Report of the Municipal Commissioner on the plague in Bombay for the year ending 31st May... - Volume 1
Disease focus: Plague
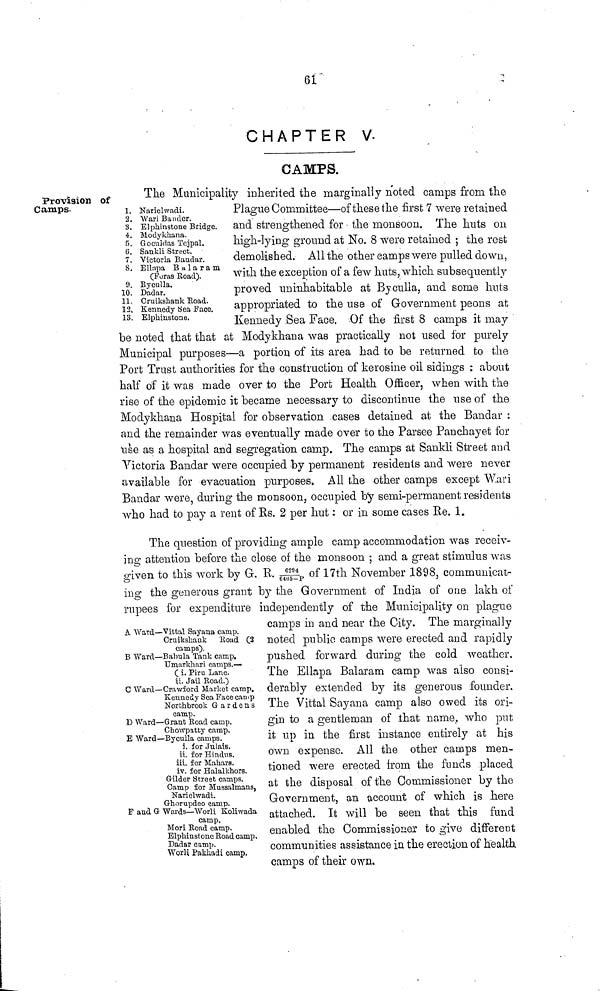
61
CHAPTER V.
CAMPS.
Provision of
Camps.
1.
2.
3.
4.
5.
G.
7.
8.
9.
10.
11.
12,
13.
Narielwadi.
Wari Bander.
Elphinstone Bridge.
Modykhana.
Gocuirlas Tejpal.
Sankli Street.
Victoria Bandar.
Ellnpa B a 1 a r a m
(Foras Eoad).
Byculla.
Dadar.
Cruikshank Eoad.
Kennedy bea Faco.
Elphinstone.
The Municipality inherited the marginally noted camps from the
Plague Committee—of these the first 7 were retained
and strengthened for the monsoon. The huts on
high-lying ground at No. 8 were retained ; the rest
demolished. All the other eamps were pulled down,
with the exception of a few huts, which subsequently
proved uninhabitable at Byculla, and some huts
appropriated to the use of Government peons at
Kennedy Sea Face. Of the first 8 camps it may
be noted that that at MoayKhana was practically not used lor purely
Municipal purposes—a portion of its area had to be returned to the
Port Trust authorities for the construction of kerosine oil sidings : about
half of it was made over to the Port Health Officer, when with the
rise of the epidemic it became necessary to discontinue the use of the
Modykhana Hospital for observation cases detained at the Bandar :
and the remainder was eventually made over to the Parsee Panchayet for
Use as a hospital and segregation camp. The camps at Sankli Street and
Victoria Bandar were occupied by permanent residents and were never
available for evacuation purposes. All the other camps except Wari
Bandar were, during the monsoon, occupied by semi-permanent residents
who had to pay a rent of Rs. 2 per hut : or in some cases Re. 1.
A Ward — Vittal Sayana camp.
Cruikshank Eoad (2
camps).
B Ward — Babula Tank camp.
Umarkhari camps.—
C i. Piru Lane.
ii. Jail Eoad.)
C Ward— Crawford Market camp.
Kennedy Sea Face camp
Northbrook Gardens
camp.
D Ward — Grant Eoad camp.
Chowpatty camp.
E Ward— Byculla camps.
i. for Julais.
ii. for Hindus.
iii. for Mahal's.
iv. for Halalkhors.
Gilder Street camps.
Camp for Mussalmans,
Narielwadi.
Ghorupdeo camp.
F and G Wards— Worli Koliwada
camp.
Mori Eoad camp.
Elphinstone Eoad camp.
Dadar camp.
Worli Pakhadi camp.
The question of providing ample camp accommodation was receiv-
ing attention before the close of the monsoon ; and a great stimulus was
given to this work by G. R. 6254/6405-I of 17th November 1898, communicat-
ing the generous grant by the Government of India of one lakh of
rupees for expenditure independently of the Municipality on plague
camps in and near the City. The marginally
noted public camps were erected and rapidly
pushed forward during the cold weather.
The Ellapa Balaram camp was also consi-
derably extended by its generous founder,
The Vittal Sayana camp also owed its ori-
gin to a gentleman of that name who put
it up in the first instance entirely at his
own expense. All the other camps men-
tioned were erected from the funds placed
at the disposal of the Commissioner by the
Government, an account of which is here
attached. It will be seen that this fund
enabled the Commissioner to give different
communities assistance in the erection of health
camps of their own.